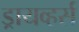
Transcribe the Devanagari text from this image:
ड्रायव्हर्स